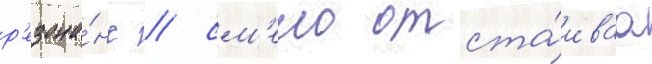
р'езона́нс / см'ело отста́иваа